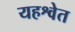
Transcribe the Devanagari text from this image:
यहश्वेत